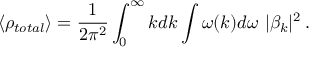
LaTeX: \langle \rho _ { t o t a l } \rangle = \frac { 1 } { 2 \pi ^ { 2 } } \int _ { 0 } ^ { \infty } k d k \int \omega ( k ) d \omega ~ | \beta _ { k } | ^ { 2 } \, .